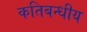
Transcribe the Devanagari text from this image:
कतिबन्धीय